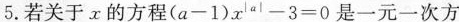
5.若关于x的方程$$( a - 1 ) x ^ { | a | } - 3 = 0$$是一元一次方